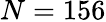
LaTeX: N=156